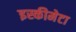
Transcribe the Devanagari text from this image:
इस्कीमेटा